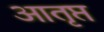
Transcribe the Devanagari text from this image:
आतृप्त